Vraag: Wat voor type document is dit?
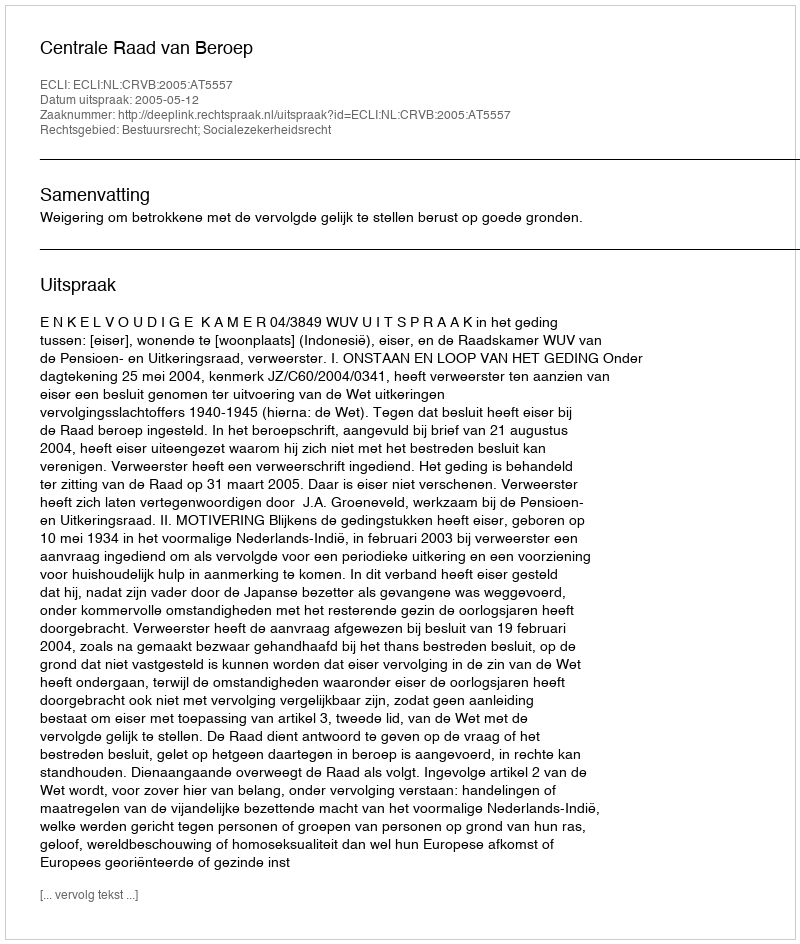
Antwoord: Uitspraak